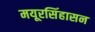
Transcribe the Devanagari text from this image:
मयूरसिंहासन